Reports on dispensaries and lunatic asylums in the Province of Oudh - 1869-1876
Year: 1869
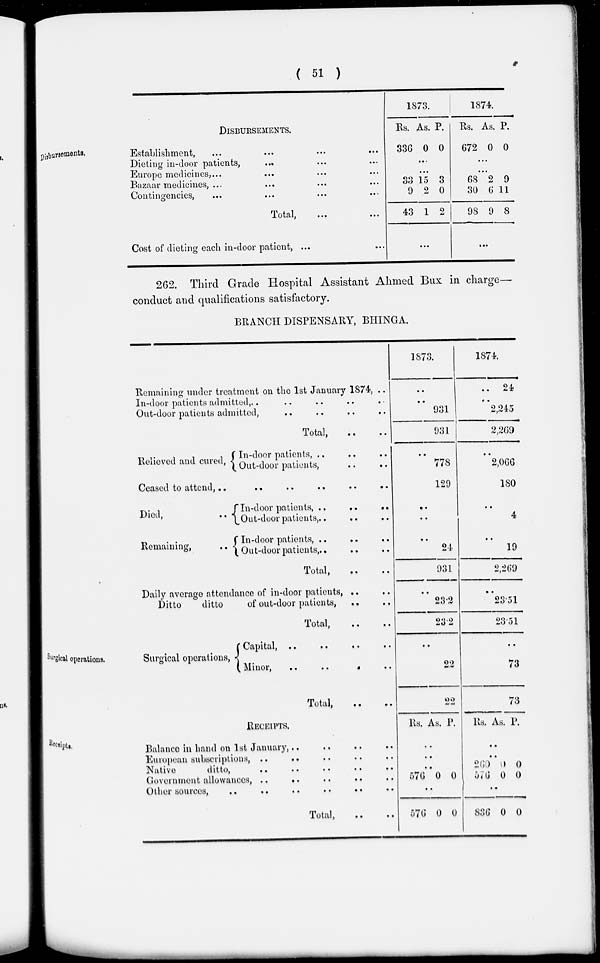
( 51 )
Disbursements.
DISBURSEMENTS.
Establishment, ... ... ... ...
Dieting in-door patients, ... ... ...
Europe medicines, ... ... ... ...
Bazaar medicines, ... ... ... ...
Contingencies, ... ... ... ...
Total,
...
...
Cost of dieting each in-door patient, ... ...
1873.
Rs.
336
As.
0
P.
0
...
...
33
9
43
15
2
1
3
0
2
...
1874.
Rs.
672
As.
0
P.
0
...
...
68
30
98
2
6
9
9
11
8
...
262. Third Grade Hospital Assistant Ahmed Bux in charge—
conduct and qualifications satisfactory.
BRANCH DISPENSARY, BHINGA.
Remaining under treatment on the 1st January 1874, ..
In-door patients admitted, .. .. .. .. ..
Out-door patients admitted, .. .. .. ..
Total, .. ..
Relieved and cured,
In-door patients, .. .. ..
Out-door patients, .. ..
Ceased to attend,
..
..
..
..
..
..
Died,
..
Remaining,
In-door patients,
..
..
..
Out-door patients, .. .. ..
In-door patients, .. .. ..
Out-door patients, .. .. ..
Total, .. ..
Daily average attendance of in-door patients, .. ..
Ditto
ditto
of out-door patients, .. ..
Total, .. ..
1873.
..
..
931
931
..
778
129
..
..
..
21
931
..
23.2
23.2
1874.
.. 24
..
2,245
2,269
..
2,0GG
180
..
4
..
19
2,269
..
23.51
23.51
Surgical operations.
Surgical operations,
Capital, .. .. .. ..
Minor,
..
..
..
..
Total, .. ..
..
22
22
..
73
73
Receipts.
RECEIPTS.
Balance in hand on 1st January, .. .. .. ..
European subscriptions, .. .. .. .. ..
Native
ditto, .. .. .. .. ..
Government allowances, .. .. .. .. ..
Other sources,
..
..
..
..
..
..
Total, .. ..
Rs. As. P.
..
..
..
576 0 0
..
576 0 0
Rs, As. P.
..
..
260
576
0
0
0
0
..
0 0